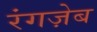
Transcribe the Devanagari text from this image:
रंगज़ेब